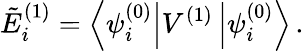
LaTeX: \tilde{E}_{i}^{(1)}=\left\langle\psi_{i}^{(0)}\right|V^{(1)}\left|\psi_{i}^{(0)}\right\rangle\, .